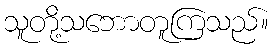
သူတို့သဘောတူကြသည်။